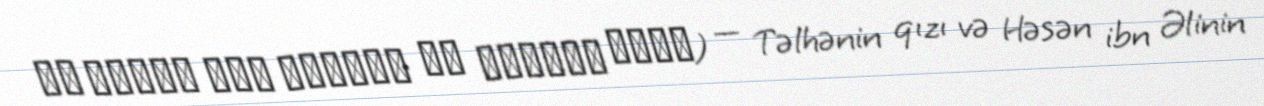
أم إسحاق بنت طَلحَة بن عُبَيد الله) — Təlhənin qızı və Həsən ibn Əlinin